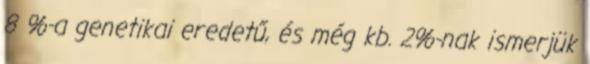
8 %-a genetikai eredetű, és még kb. 2%-nak ismerjük